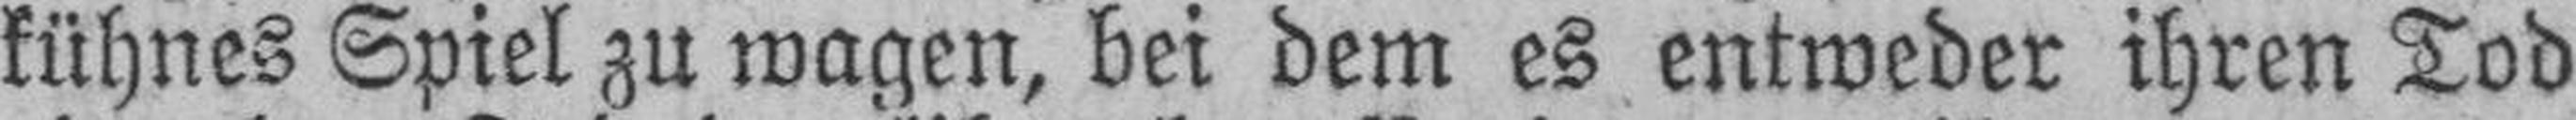
kühnes Spiel zu wagen, bei dem es entweder ihren Tod